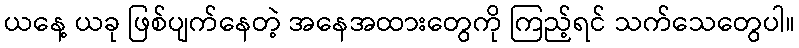
ယနေ့ ယခု ဖြစ်ပျက်နေတဲ့ အနေအထားတွေကို ကြည့်ရင် သက်သေတွေပါ။